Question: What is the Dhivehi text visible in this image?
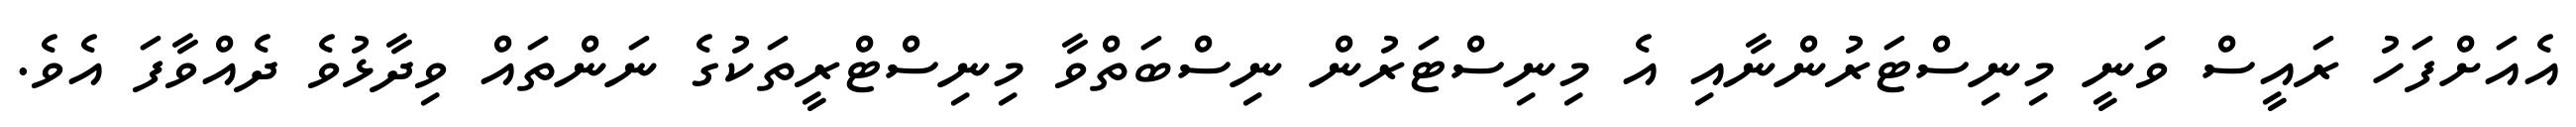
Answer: އެއަށްފަހު ރައީސް ވަނީ މިނިސްޓަރުންނާއި އެ މިނިސްޓަރުން ނިސްބަތްވާ މިނިސްޓްރީތަކުގެ ނަންތައް ވިދާޅުވެ ދެއްވާފަ އެވެ.